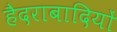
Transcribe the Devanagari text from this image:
हैदराबादियों